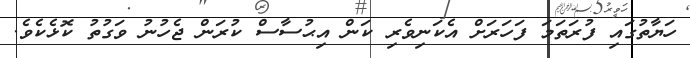
ހަޔާތުގައި ފުރަތަމަ ފަހަރަށް އެކަނިވެރި ކަން އިޙުސާސް ކުރަން ޖެހުނު ވަގުތު ކޮޅެކެވެ.